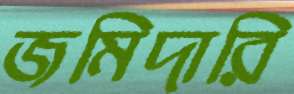
জমিদারি